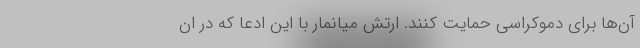
آن‌ها برای دموکراسی حمایت کنند. ارتش میانمار با این ادعا که در ان